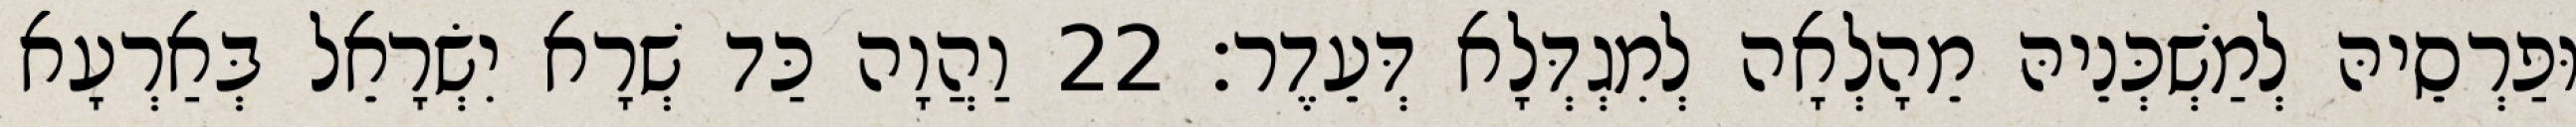
וּפַרְסֵיהּ לְמַשְׁכְּנֵיהּ מֵהָלְאָה לְמִגְדְּלָא דְּעֵדֶר׃ 22 וַהֲוָה כַּד שְׁרָא יִשְׂרָאֵל בְּאַרְעָא